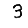
Digit: 3